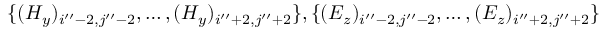
\{ ( H _ { y } ) _ { i ^ { \prime \prime } - 2 , j ^ { \prime \prime } - 2 } , \ldots , ( H _ { y } ) _ { i ^ { \prime \prime } + 2 , j ^ { \prime \prime } + 2 } \} , \{ ( E _ { z } ) _ { i ^ { \prime \prime } - 2 , j ^ { \prime \prime } - 2 } , \ldots , ( E _ { z } ) _ { i ^ { \prime \prime } + 2 , j ^ { \prime \prime } + 2 } \}